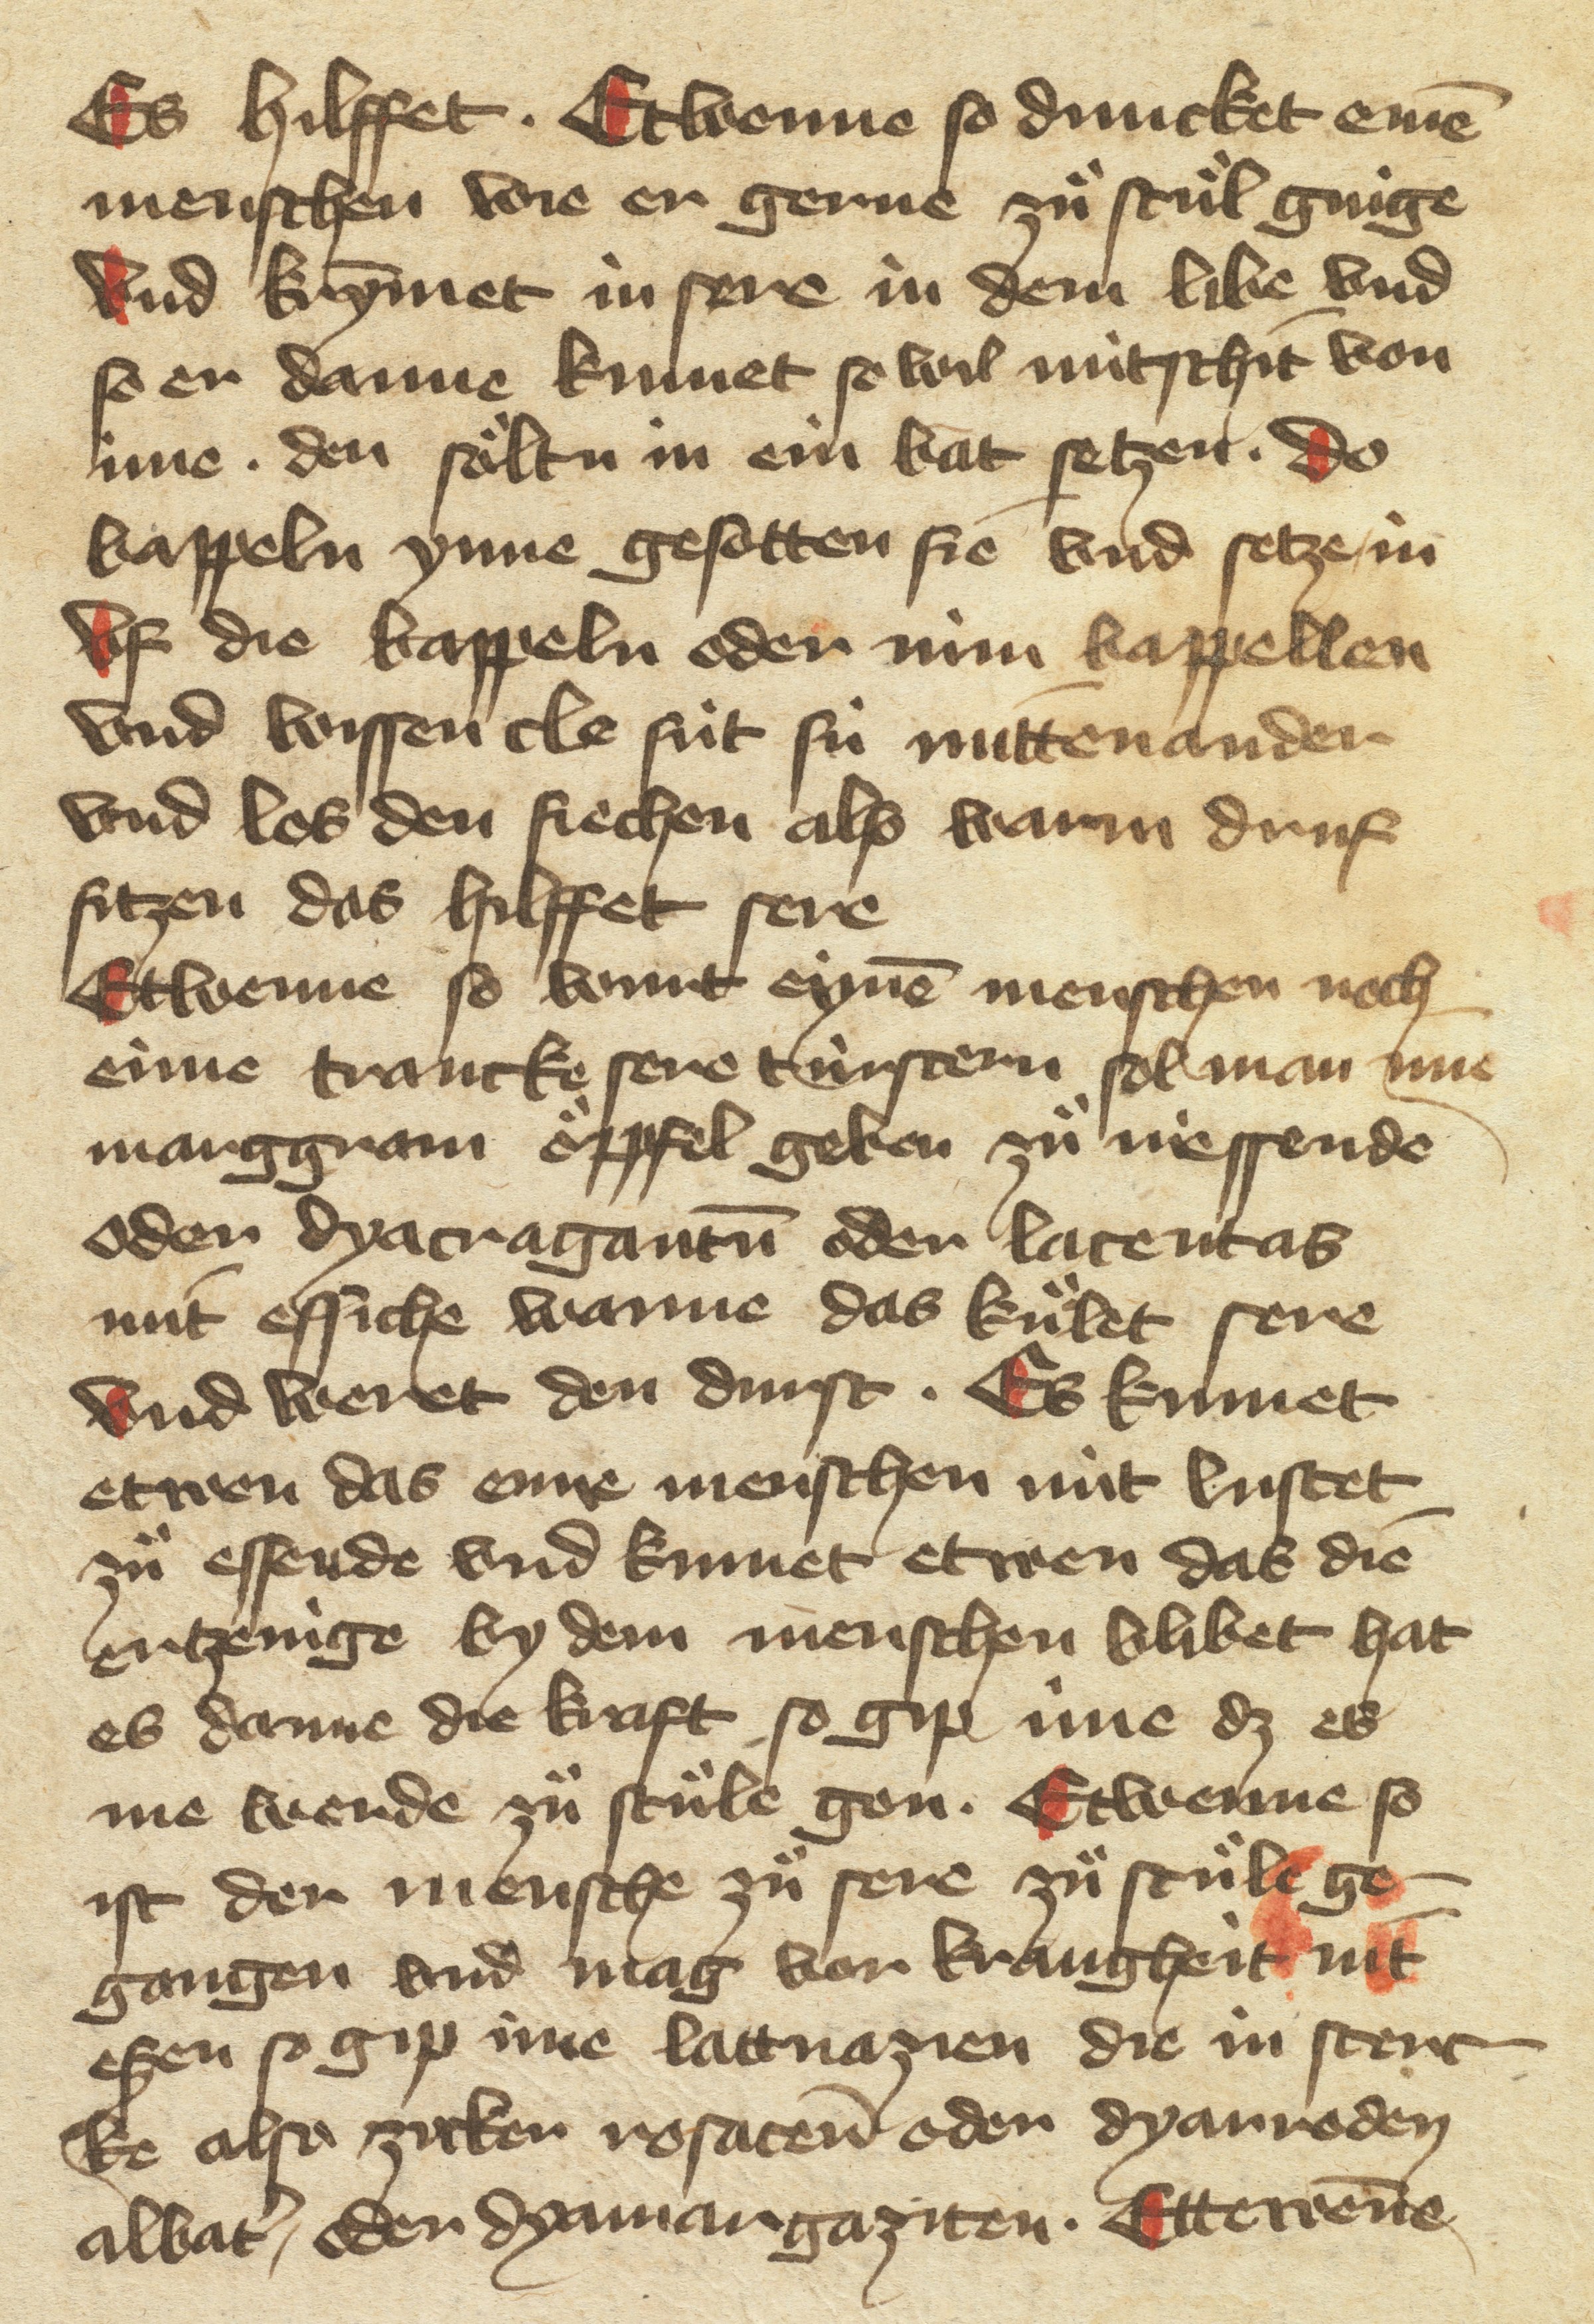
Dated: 1475–1499